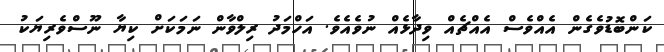
ކަންބޮޑުވެގެން އެއްވެސް އެއްޗެއް ވިދާޅެއް ނުވެއެވެ. އަހްމަދު ރިލްވާން ނަމަކަށް ކިޔާ ނޫސްވެރިޔަކު